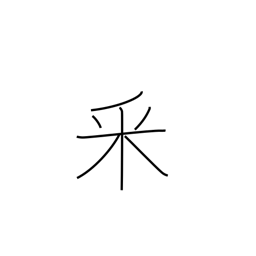
Meaning: topped rice radical (no. 165)